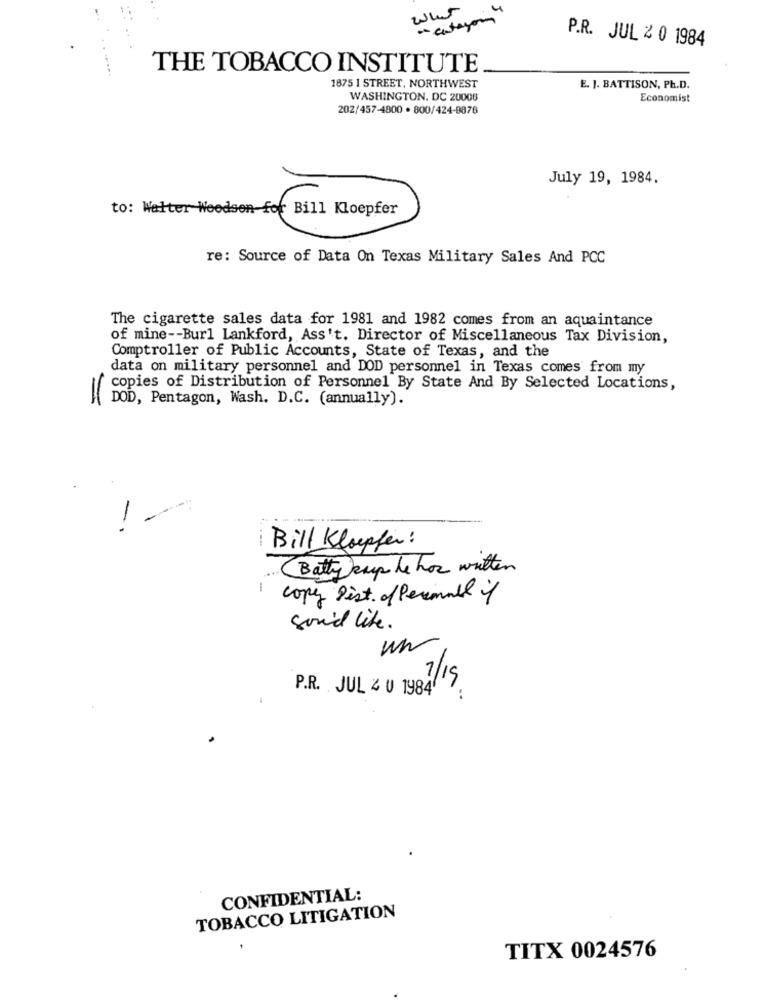
wat
" cantayou"
P.R. JUL 2 0 1984
THE TOBACCO INSTITUTE
1875 I STREET, NORTHWEST
E. J. BATTISON, Ph.D.
WASHINGTON, DC 20006
Economist
202/457-4800 . 800/424-8876
July 19, 1984.
to: Walter Woodsen-for Bill Kloepfer
re: Source of Data On Texas Military Sales And PCC
The cigarette sales data for 1981 and 1982 comes from an aquaintance
of mine -- Burl Lankford, Ass't. Director of Miscellaneous Tax Division,
Comptroller of Public Accounts, State of Texas, and the
data on military personnel and DOD personnel in Texas comes from my
copies of Distribution of Personnel By State And By Selected Locations,
=
DOD, Pentagon, Wash. D.C. (annually).
1.
Bill Klopfer :
Batty cup he has written
-
copy Pist of Permail if
soui'd like .
P.R. JUL 20 1984/ 19
CONFIDENTIAL:
TOBACCO LITIGATION
TITX 0024576